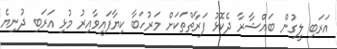
އަރަބި ލީގުން ބައްޝާރާ ދެކޮޅު ފަރާތްތަކަށް މަރުހަބާ ކިޔާފައިވާއިރު މުޅި އަރަބި ދުނިޔެ